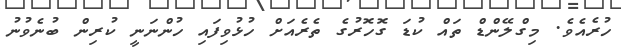
ހުރެއެވެ. މިގްލޭންޑް ތައް ކުޑަ ގޮހޮރުގެ ތެރެއަށް ހުޅުވިފައި ހުންނަނީ ކުރިން ބުނެވުނު